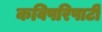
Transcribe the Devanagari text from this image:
कविपरिपाटी